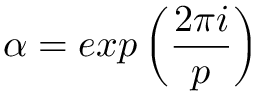
\alpha = e x p \left( \frac { 2 \pi i } { p } \right)